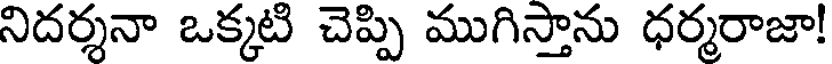
నిదర్శనా ఒక్కటి చెప్పి ముగిస్తాను ధర్మరాజా!